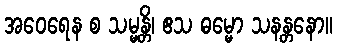
အဝေရေန စ သမ္မန္တိ၊ ဧသ ဓမ္မော သနန္တနော။